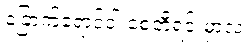
ခြောက်ရောင်ဝါ စေတီရင်းမှာလ၊